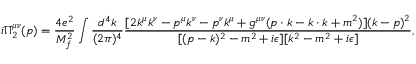
i \Pi _ { 2 } ^ { \mu \nu } ( p ) = \frac { 4 e ^ { 2 } } { M _ { f } ^ { 2 } } \int \frac { d ^ { 4 } k } { ( 2 \pi ) ^ { 4 } } \frac { [ 2 k ^ { \mu } k ^ { \nu } - p ^ { \mu } k ^ { \nu } - p ^ { \nu } k ^ { \mu } + g ^ { \mu \nu } ( p \cdot k - k \cdot k + m ^ { 2 } ) ] ( k - p ) ^ { 2 } } { [ ( p - k ) ^ { 2 } - m ^ { 2 } + i \epsilon ] [ k ^ { 2 } - m ^ { 2 } + i \epsilon ] } ,